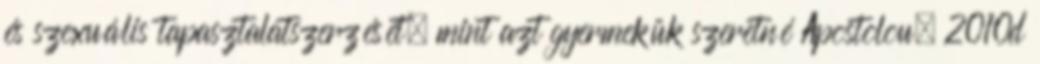
és szexuális tapasztalatszerzését, mint azt gyermekük szeretné Apostolou, 2010d